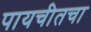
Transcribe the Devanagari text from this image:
पायचीतचा